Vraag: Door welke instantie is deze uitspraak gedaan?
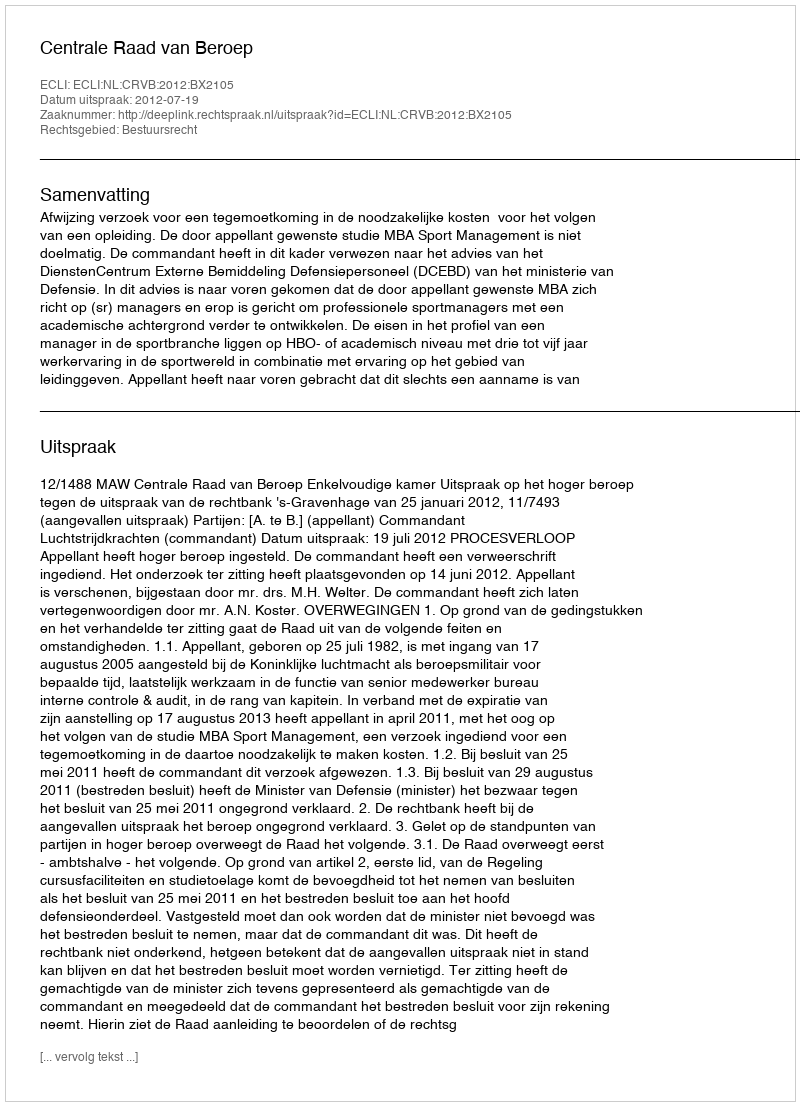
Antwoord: Centrale Raad van Beroep